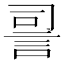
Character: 䛐